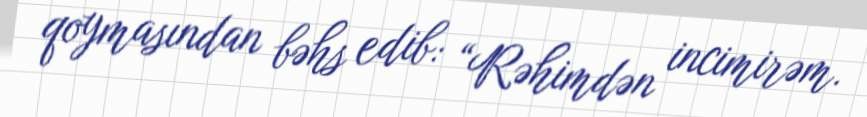
qoymasından bəhs edib: “Rəhimdən incimirəm.